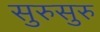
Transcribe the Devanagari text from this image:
सुरुसुरु